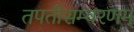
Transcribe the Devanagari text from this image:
तपतीसम्वरणम्